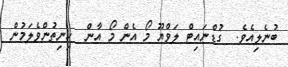
ބުނެލިއެވެ.  ގުޑްނައިޓް ލަވްޔޫ މޯ އެން މޯ އާން  ހިނިތުންވެލަމުން